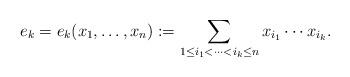
LaTeX: \begin{align*}e_k=e_k(x_1,\dots, x_n):= \sum_{1\leq i_1<\dots < i_k \leq n}x_{i_1}\cdots x_{i_k}.\end{align*}